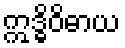
ဣဒ္ဓိဝိဓာယ